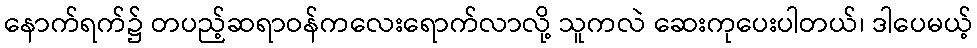
နောက်ရက်၌ တပည့်ဆရာဝန်ကလေးရောက်လာလို့ သူကလဲ ဆေးကုပေးပါတယ်၊ ဒါပေမယ့်